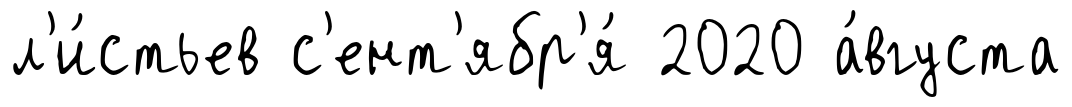
л'и́стьев с'ент'ябр'я́ 2020 а́вгуста